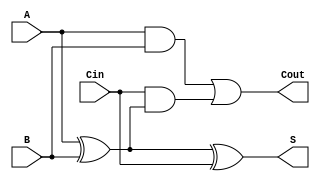
module LowPowerFullAdder (
    input wire A,      // First input bit
    input wire B,      // Second input bit
    input wire Cin,    // Carry-in bit
    output wire S,     // Sum output
    output wire Cout   // Carry-out output
);

// Intermediate signals
wire AxorB;          // A XOR B
wire AandB;          // A AND B
wire CinAndAxorB;    // Cin AND (A XOR B)

// Logic functionality
assign AxorB = A ^ B;              // A XOR B
assign AandB = A & B;              // A AND B
assign CinAndAxorB = Cin & AxorB; // Cin AND (A XOR B)

// Sum and Carry-out
assign S = AxorB ^ Cin;           // Sum: S = A XOR B XOR Cin
assign Cout = AandB | CinAndAxorB; // Carry-out: Cout = (A AND B) OR (Cin AND (A XOR B))

endmodule